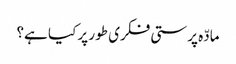
مادّہ پرستی فکری طور پر کیا ہے؟